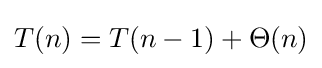
T(n)=T(n-1)+\Theta (n)